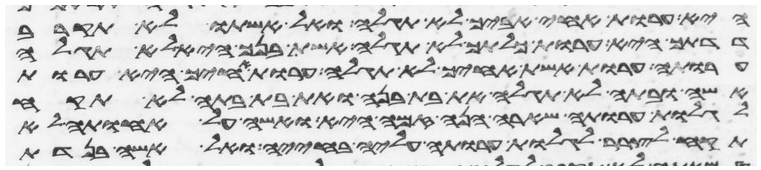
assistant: היא ערות אחי אביך לא תגלה ואל אשתו לא תקרב
דדתך היא ערות כלתך לא תגלה אשת בנך היא לא תגלה
ערותה ערות אשת אחיך לא תגלה ערות אחיך היא ערות
אשה ובתה לא תגלה את בת בנה ואת בת בתה לא תקח
לגלות ערותה שארה הנה זמה היא ואשה על אחותה לא
תקח לצרר לגלות ערותה עליה בחייה ואל אשה בנדת